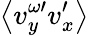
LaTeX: \left\langle v_{y}^{\omega\prime}v_{x}^{\prime}\right\rangle